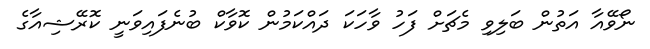
ނޯވޭއާ އަތުން ބަލިވި މެޗަށް ފަހު ވާހަކަ ދައްކަމުން ކޮވާކް ބުނެފައިވަނީ ކޮރޭޝިއާގެ